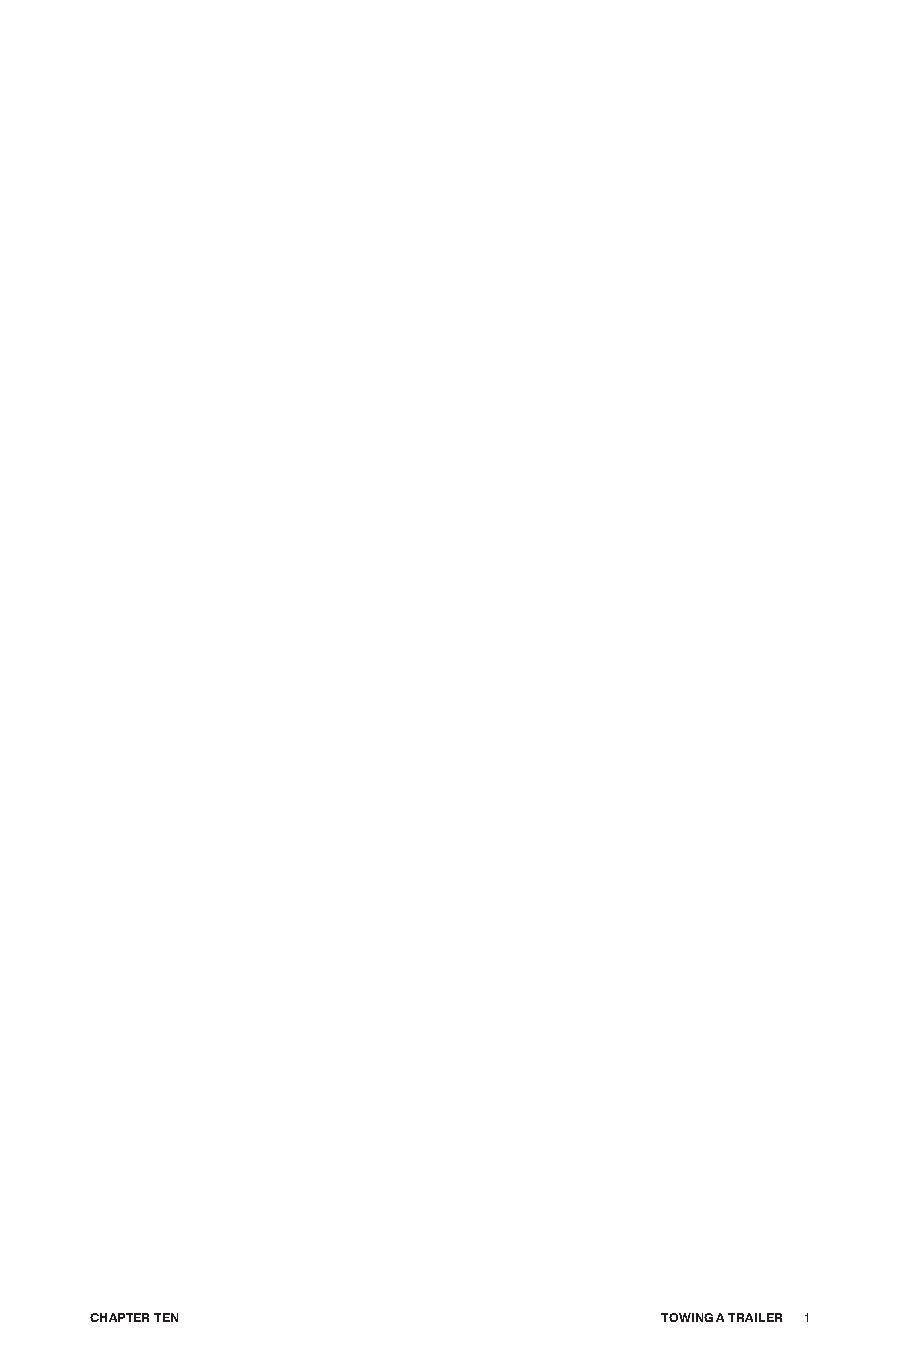
CHApTER TEn                           TowInG A TRAILER 1